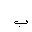
Letter: _ba